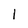
Character: I